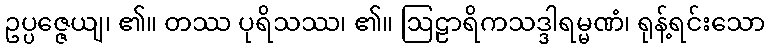
ဥပ္ပဇ္ဇေယျ၊ ၏။ တဿ ပုရိသဿ၊ ၏။ ဩဠာရိကသဒ္ဒါရမ္မဏံ၊ ရုန့်ရင်းသော